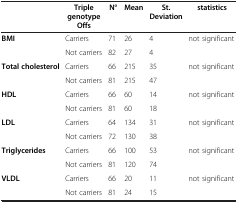
|  | Triple genotype Offs | N° | Mean | St. Deviation | statistics |
 | --- | --- | --- | --- | --- | --- |
 | <ROWSPAN=2> BMI | Carriers | 71 | 26 | 4 | <ROWSPAN=2> not significant |
 | Not carriers | 82 | 27 | 4 |
 | <ROWSPAN=2> Total cholesterol | Carriers | 66 | 215 | 35 | <ROWSPAN=2> not significant |
 | Not carriers | 81 | 215 | 47 |
 | <ROWSPAN=2> HDL | Carriers | 66 | 60 | 14 | <ROWSPAN=2> not significant |
 | Not carriers | 81 | 60 | 18 |
 | <ROWSPAN=2> LDL | Carriers | 64 | 134 | 31 | <ROWSPAN=2> not significant |
 | Not carriers | 72 | 130 | 38 |
 | <ROWSPAN=2> Triglycerides | Carriers | 66 | 100 | 53 | <ROWSPAN=2> not significant |
 | Not carriers | 81 | 120 | 74 |
 | <ROWSPAN=2> VLDL | Carriers | 66 | 20 | 11 | <ROWSPAN=2> not significant |
 | Not carriers | 81 | 24 | 15 |